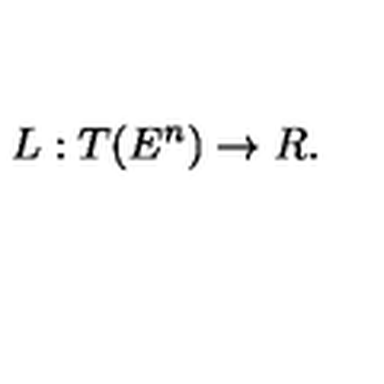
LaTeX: L : T ( E ^ { n } ) \rightarrow R .